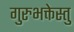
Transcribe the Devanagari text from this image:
गुरुभक्तेस्तु